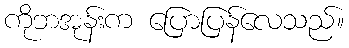
ကိုဘအုန်းက ပြောပြန်လေသည်။